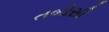
તબોસી